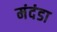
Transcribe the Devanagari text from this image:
मंदंडा